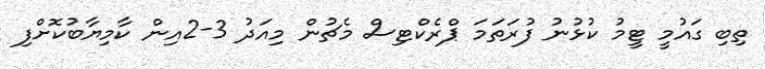
ތިބި ގައުމީ ޓީމު ކުޅުނު ފުރަތަމަ ޕްރެކްޓިސް މެޗުން މިއަދު 3-2އިން ކާމިޔާބުކޮށްފި